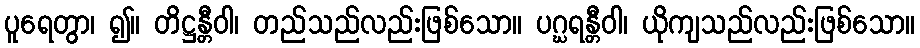
ပူရေတွာ၊ ၍။ တိဋ္ဌန္တီဝါ၊ တည်သည်လည်းဖြစ်သော။ ပဂ္ဃရန္တီဝါ၊ ယိုကျသည်လည်းဖြစ်သော။